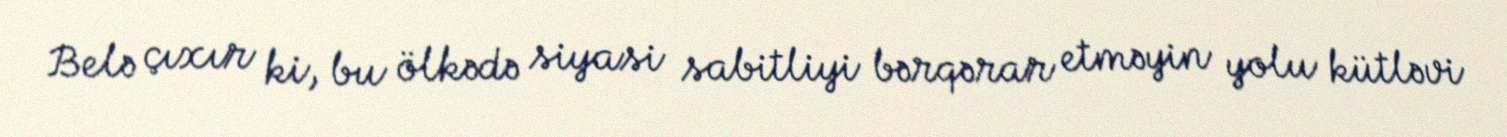
Belə çıxır ki, bu ölkədə siyasi sabitliyi bərqərar etməyin yolu kütləvi